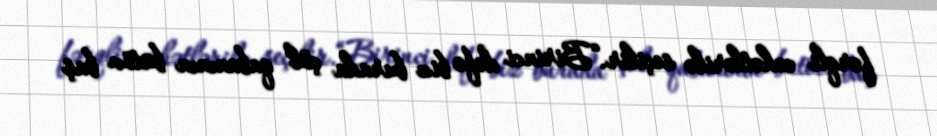
fərqli cəhətlərilə seçilir.“Birinci dəfə biz burada çöl qabanının bütöv baş